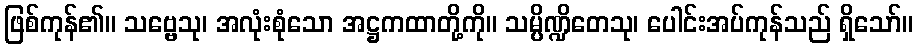
ဖြစ်ကုန်၏။ သဗ္ဗေသု၊ အလုံးစုံသော အဋ္ဌကထာတို့ကို။ သမ္ပိဏ္ဍိတေသု၊ ပေါင်းအပ်ကုန်သည် ရှိသော်။